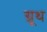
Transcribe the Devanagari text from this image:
ग्रूथ